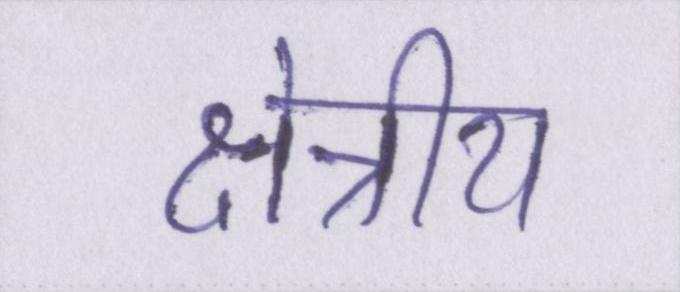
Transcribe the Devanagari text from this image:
क्षेत्रीय